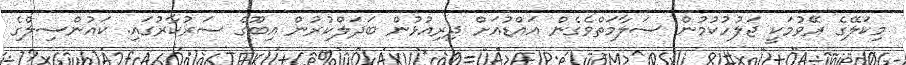
މިކަލޭގެ ރޭވުމަކީ ޖަލުހުކުމުން ސަލާމަތްވެގެން އައްޑުއަށް ދިރިއުޅުން ބަދަލްކުރުން އިބޫގެ ސަރުކާރުގައި. ކައުންސިލްގެ